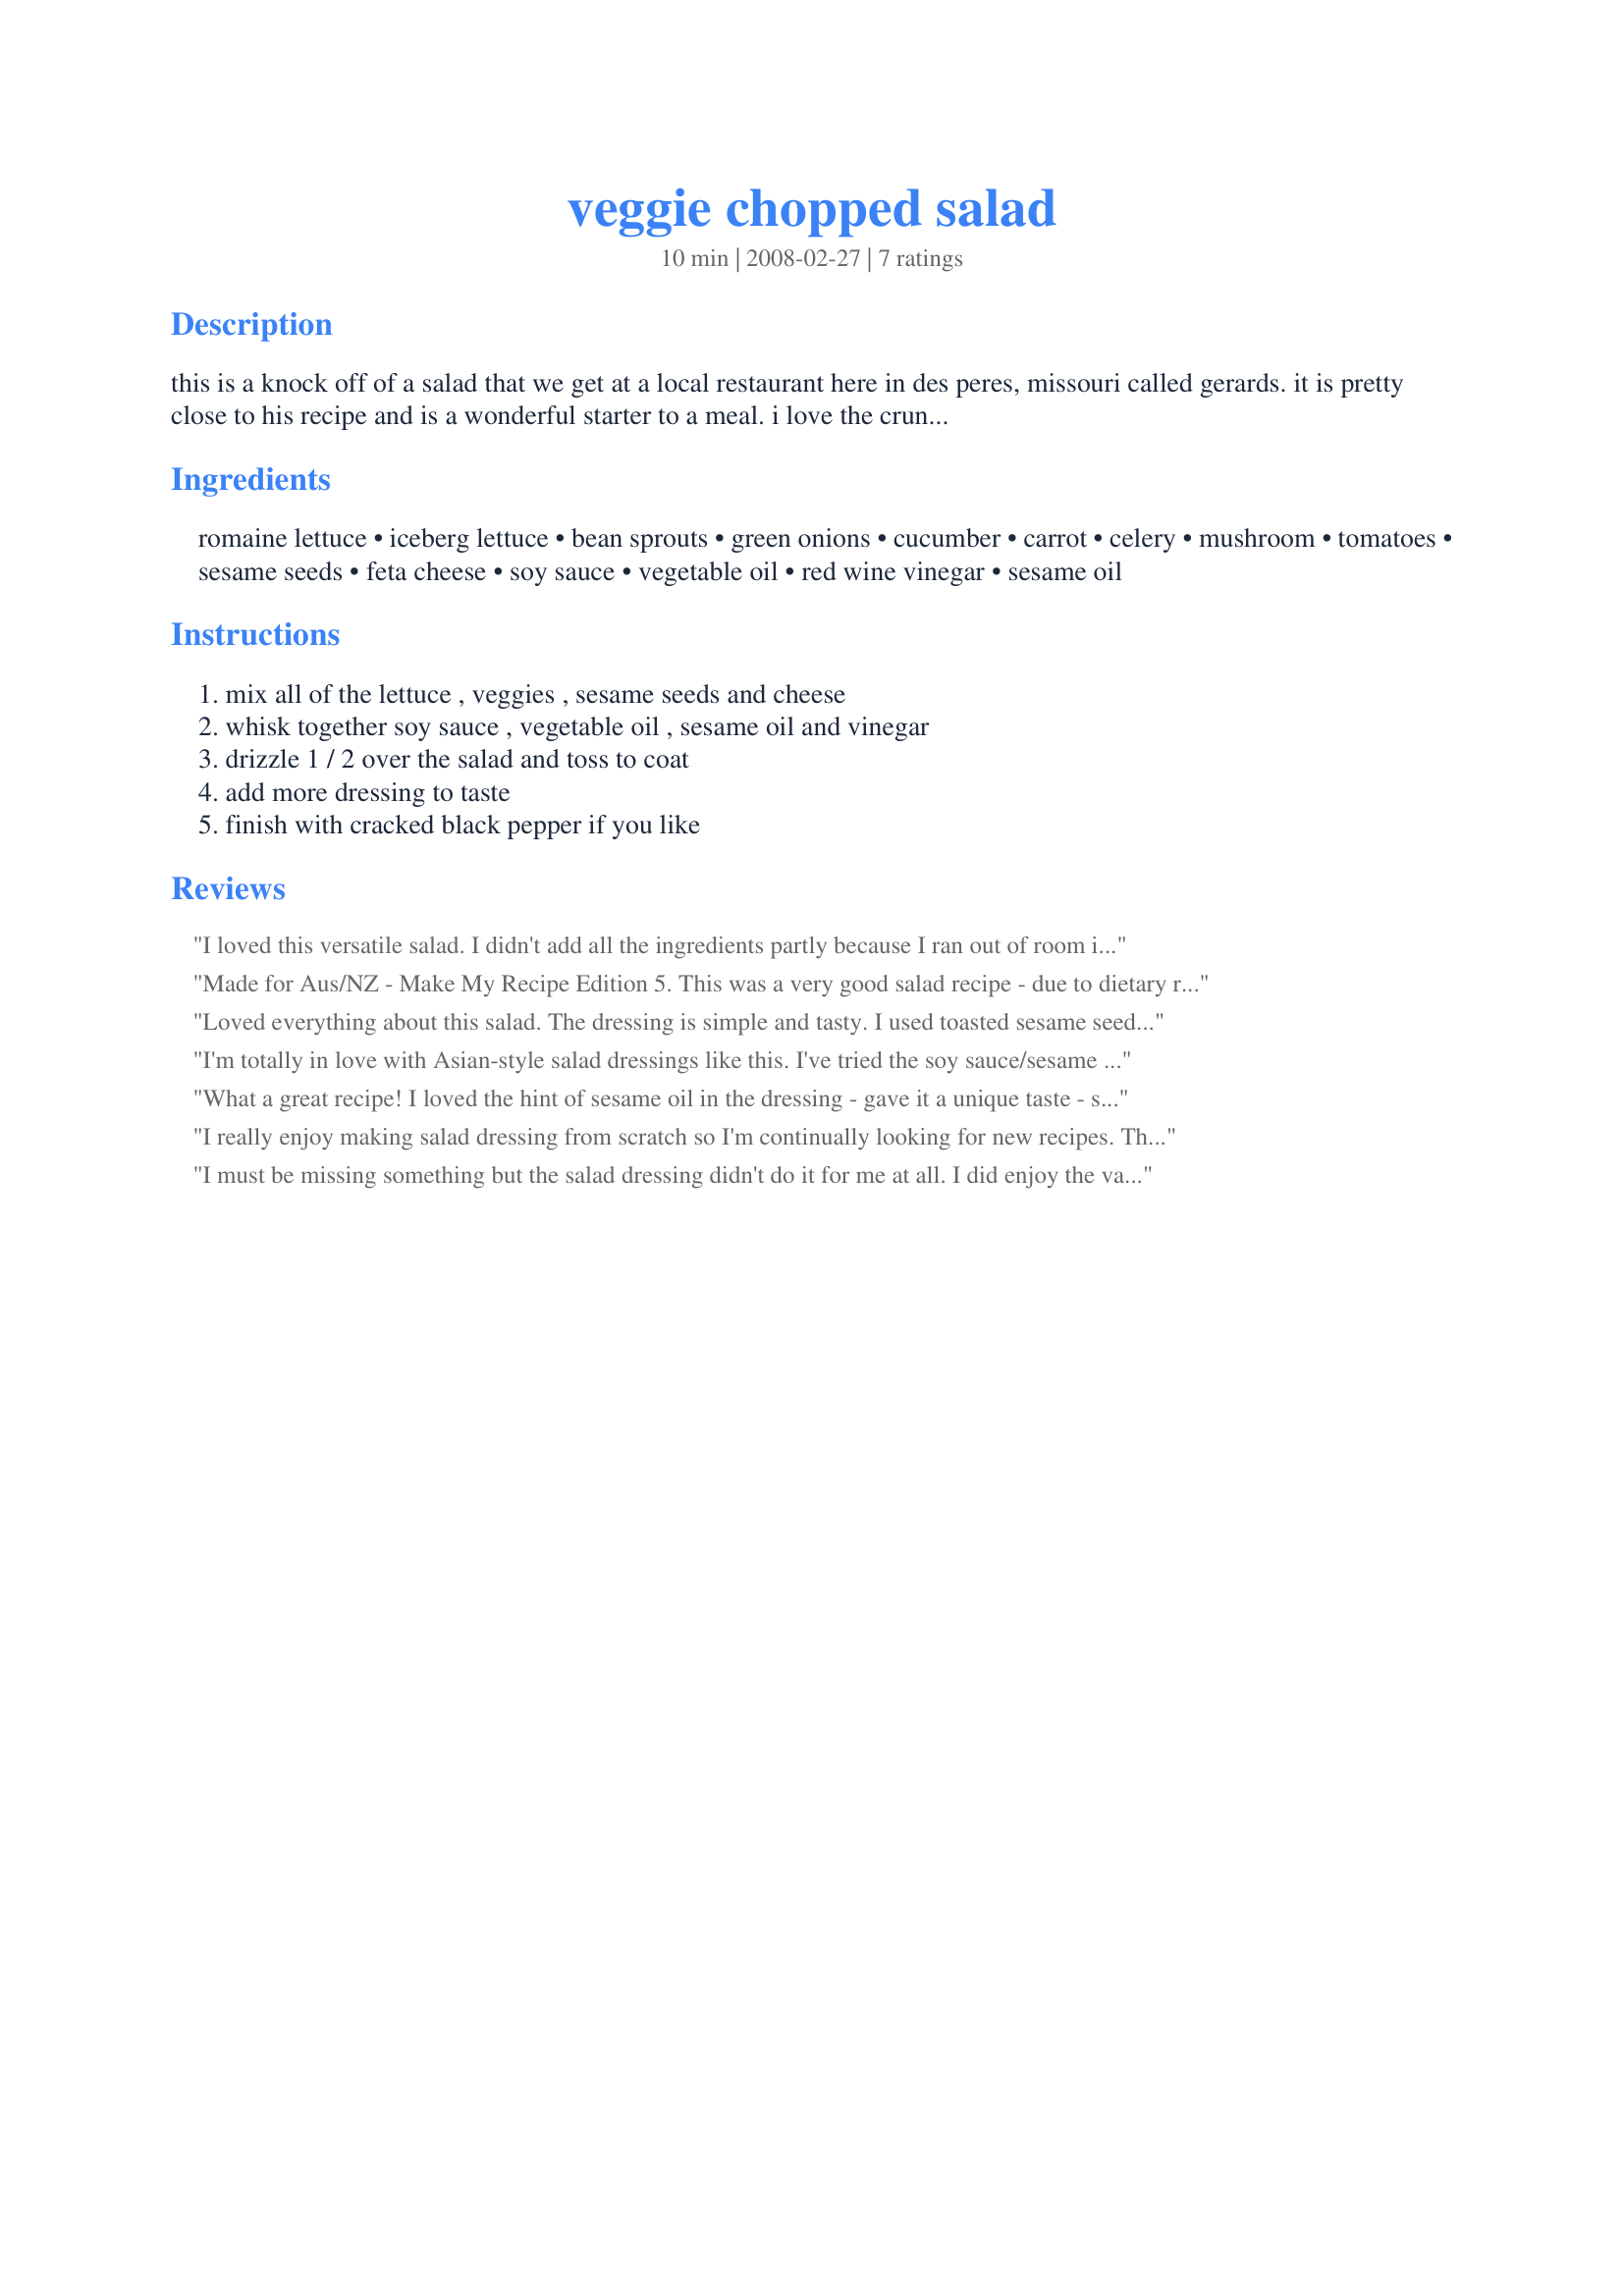
veggie chopped salad
Preparation time: 10 minutes

this is a knock off of a salad that we get at a local restaurant here in des peres, missouri called gerards. it is pretty close to his recipe and is a wonderful starter to a meal. i love the crunch and the soy in the dressing! light and healthy!

Ingredients:
romaine lettuce, iceberg lettuce, bean sprouts, green onions, cucumber, carrot, celery, mushroom, tomatoes, sesame seeds, feta cheese, soy sauce, vegetable oil, red wine vinegar, sesame oil

Steps:
mix all of the lettuce , veggies , sesame seeds and cheese, whisk together soy sauce , vegetable oil , sesame oil and vinegar, drizzle 1 / 2 over the salad and toss to coat, add more dressing to taste, finish with cracked black pepper if you like

Reviews:
I loved this versatile salad. I didn't add all the ingredients partly because I ran out of room in my salad bowl and partly to suit my family's tastes. I found the flavour of the soy sauce in the dressing to be a bit too strong but everything else was great. Made for Vegetarian Swap 12.
Made for Aus/NZ - Make My Recipe Edition 5. This was a very good salad recipe - due to dietary restrictions I had to leave the sesame seeds and oil out, but otherwise it was good (I'm sure it would have been better with these two ingredients). Very easy to do and all you need with it is a grilled chicken breast and you're good to go. Thanks for posting this JanuaryBride!
Loved everything about this salad. The dressing is simple and tasty. I used toasted sesame seeds but followed the rest of the recipe (ok, I skipped the tomato on my salad, but DH had it on his so it counts). Thanks!!
I'm totally in love with Asian-style salad dressings like this. I've tried the soy sauce/sesame oil combination with various vinegars (including balsamic and rice wine). The dressing is equally as good with red wine vinegar. I omitted the bean sprouts and substituted a red pepper for the mushrooms (don't eat them) and included the feta cheese. Maybe because I also completely omitted the extra vegetable oil, I got a stronger dressing taste, which is what I wanted. I can't see omitting the sesame oil (use toasted or Asian style) at all because it made the salad! Mine came out pleasingly crunchy. Loved this and would certainly make it again! Thanks JB!
What a great recipe! I loved the hint of sesame oil in the dressing - gave it a unique taste - something that you'd never find in bottled dressing. The salad was very easy to throw together and looked pretty too. Made for Spring 2008 PAC.
I really enjoy making salad dressing from scratch so I'm continually looking for new recipes. This one worked well, even though I didn't have/add bean sproats or iceberg & chose not to put tomatoes in. This salad tasted abit Asian to us (hence the seasame oil/seeds) so next time I'll pair this one up with that type of food. Thanks for sharing your recipe.
I must be missing something but the salad dressing didn't do it for me at all. I did enjoy the variety of vegetables in the salad although after my first dish I skipped the lettuce. I also didn't have bean sprouts but I am fond of them so I'm sure I would have liked that as well. The dressing was far too oily though for my taste and too strong a soy flavour for me and I really love soy so I was surprised I didn't enjoy it more. I ended up adding more vinegar, some sugar and powdered ginger to try to make it more palatable but it just didn't work for me at all. I followed the dressing pretty close aside from reducing the amounts. I am thinking with the higher reviews, it must be just my personal taste. Made for team Mischief Makers, ZWT#7, Pacific Islands.
